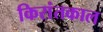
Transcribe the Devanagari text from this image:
किरांतकाल